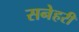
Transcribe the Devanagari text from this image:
सनेहरी